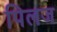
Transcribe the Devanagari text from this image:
पिलज